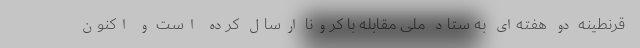
قرنطینه دو هفته‌ای به ستاد ملی مقابله با کرونا ارسال کرده است و اکنون